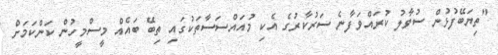
"ތިޔަބޭފުޅުން ސުވާލު ކުރައްވަފާނެ ސަރުކާރުގެ އެކި މުއައްސަސާތަކުގައި ތިބޭ ބައެއް މީސްމީހުން ކަންކަމަށް